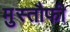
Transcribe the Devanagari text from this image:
मुस्तौफी